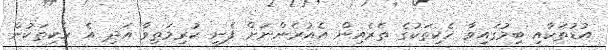
އުޑުތަކާއި ބިމުގައިވާ ހެކިތަކުގެ ތެރެއިން އެއުރެންނަށް ފެނި ކުރިމަތިވާ އަދި އެ ހެކިތަކުން